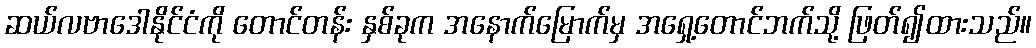
ဆယ်လဗာဒေါနိုင်ငံကို တောင်တန်း နှစ်ခုက အနောက်မြောက်မှ အရှေ့တောင်ဘက်သို့ ဖြတ်၍ထားသည်။